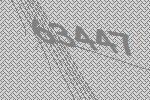
63447